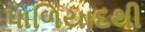
પાળિયાદથી